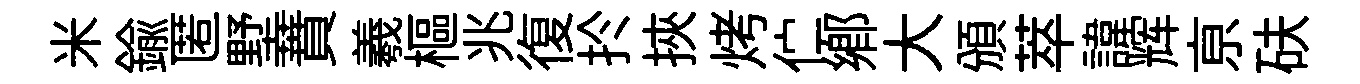
米鍮匿墅蕡羲樞兆復扵挾烤伫郷大頒萃諱辉亰砆